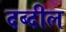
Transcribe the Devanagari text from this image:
दब्दील